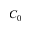
C _ { 0 }